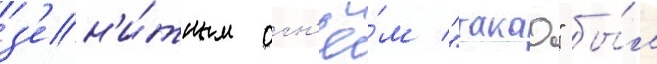
з'ен'и́тным огн'ё́м "такао" бы́л